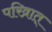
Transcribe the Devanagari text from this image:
परिव्रात्